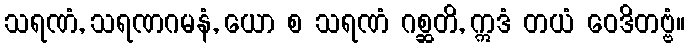
သရဏံ, သရဏဂမနံ, ယော စ သရဏံ ဂစ္ဆတိ, ဣဒံ တယံ ဝေဒိတဗ္ဗံ။